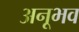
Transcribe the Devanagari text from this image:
अनूभव